Quinine and its salts - Number 41
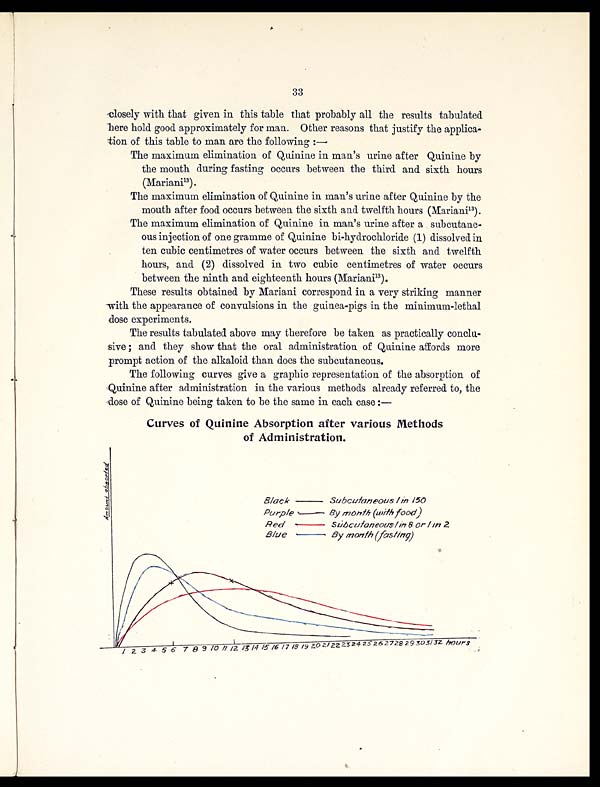
33
closely with that given in this table that probably all the results tabulated
here hold good approximately for man. Other reasons that justify the applica-
tion of this table to man are the following:—
The maximum elimination of Quinine in man's urine after Quinine by
the mouth during fasting occurs between the third and sixth hours
(Mariani1 3
) .
The maximum elimination of Quinine in man's urine after Quinine by the
mouth after food occurs between the sixth and twelfth hours (Mariani 1 3
) .
The maximum elimination of Quinine in man's urine after a subcutane-
ous injection of one gramme of Quinine bi-hydrochloride (1) dissolved in
ten cubic centimetres of water occurs between the sixth and twelfth
hours, and (2) dissolved in two cubic centimetres of water occurs
between the ninth and eighteenth hours (Mariani.1 3
) .
These results obtained by Mariani correspond in a very striking manner
with the appearance of convulsions in the guinea-pigs in the minimum-lethal
dose experiments.
The results tabulated above may therefore be taken as practically conclu-
sive; and they show that the oral administration of Quinine affords more
prompt action of the alkaloid than does the subcutaneous.
The following curves give a graphic representation of the absorption of
Quinine after administration in the various methods already referred to, the
dose of Quinine being taken to be the same in each case:—
Curves of Quinine Absorption after various Methods
of Administration.